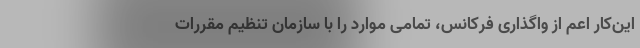
این‌کار اعم از واگذاری فرکانس، تمامی موارد را با سازمان تنظیم مقررات